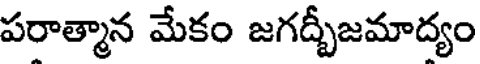
పరాత్మాన మేకం జగద్బీజమాద్యం